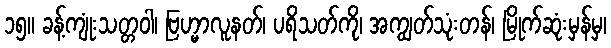
၁၅။ ခန့်ကျုံးသတ္တဝါ၊ ဗြဟ္မာလူနတ်၊ ပရိသတ်ကို၊ အကျွတ်သုံးတန်၊ မြိုက်ဆုံးမှန်မှ၊